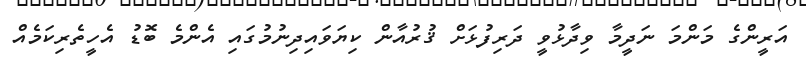
އަރީންގެ މަންމަ ނަދީމާ ވިދާޅުވީ ދަރިފުޅަށް ޤުރުއާން ކިޔަވައިދިނުމުގައި އެންމެ ބޮޑު އެހީތެރިކަމެއް